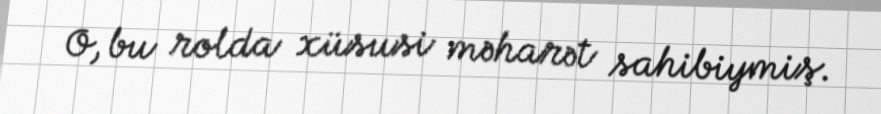
O, bu rolda xüsusi məharət sahibiymiş.